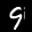
Label: 9